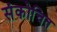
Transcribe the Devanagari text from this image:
संकोचित